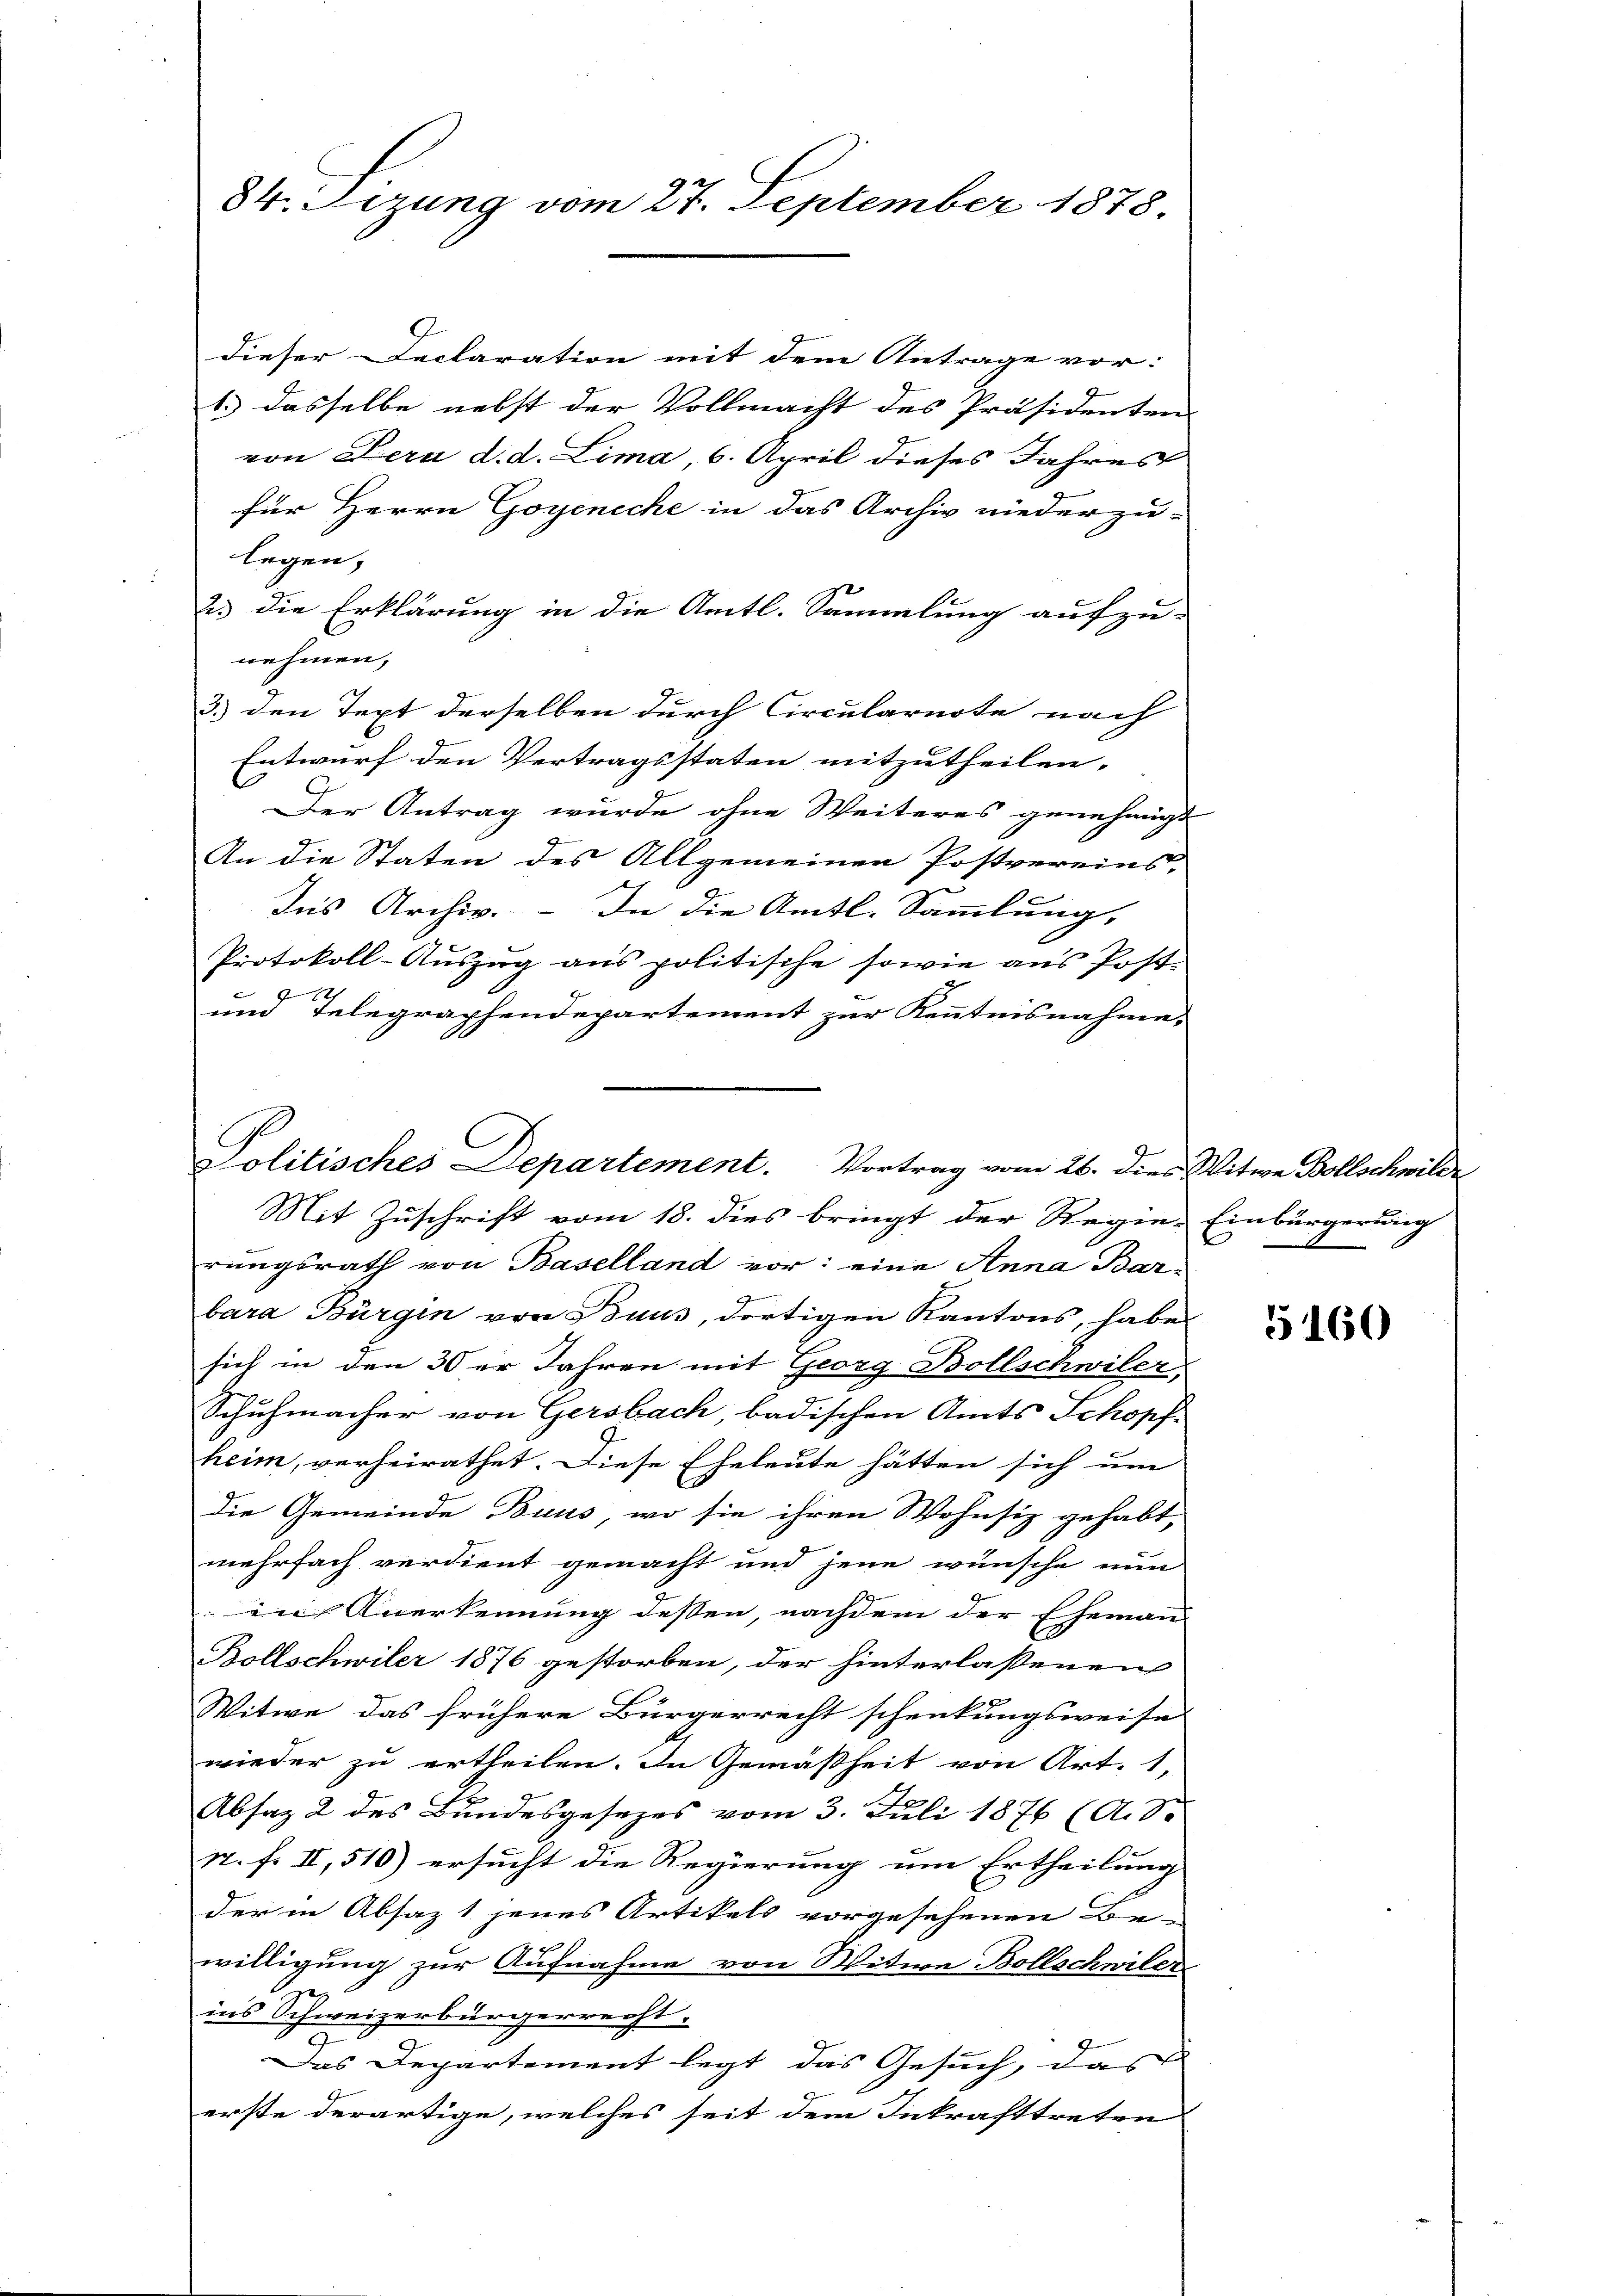
84. Sizung vom 27. September 1878.

dieser Declaration mit dem Antrage vor:
1.) dasselbe nebst der Vollmacht des Präsidenten
von Fern d. d. Lima, 6. April dieses Jahres
für Herrn Goyeniche in das Archiv niederzu-
legen,
23 die Erklärung in die Amtl. Sammlung aufzu-
nehmen,
3.) den Text derselben durch Circularnote nach
Entwurf den Vertragsstaten mitzutheilen.
Der Antrag wurde ohne Weiteres genehmigt
An die Staten des Allgemeinen Postvereins-
Ins Archiv. – In die Amts-Sammlung,
Protokoll-Auszug aus politische sowie aus Post-
12
und Telegraphendepartement zur Kenntnisnahme,
Mit Zuschrift vom 18. dies bringt der Regie-Einbürgerung
rungsrath von Baselland vor: eine Anna Barbara Bürgen von Buus, dortigen Kantons, habe
sich in den 30er Jahren mit Georg Bollschwiler
Schuhmacher von Gersbach, badischen Amts Schopf-
heim, verheirathet. Diese Eheleute hätten sich um
die Gemeinde Buus, wo sie ihren Wohnsiz gehabt,
mehrfach verdient gemacht und jene wünsche nun
in Anerkennung dessen, nachdem der Eheman
Bollschwiler 1876 gestorben, der hinterlassenen
Mitwe das frühere Bürgerrecht schenkungsweise
wieder zu ertheilen. In Gemäßheit von Art. 1,
Absaz 2 des Bundesgesezes vom 3. Juli 1876 (A. S.
N. F. II, 510) ersucht die Regierung um Ertheilung
der in Absaz 1 jenes Artikels vorgesehenen Be-
willigung zur Aufnahme von Witwe Bollschwiler
ins Schweizerbürgerrecht.
3
Das Departement legt das Gesuch, das
erste derartige, welches seit dem Inkrafttreten

Politisches Departement. Vortrag vom 26. dies Witwe Bollschwilde

5160